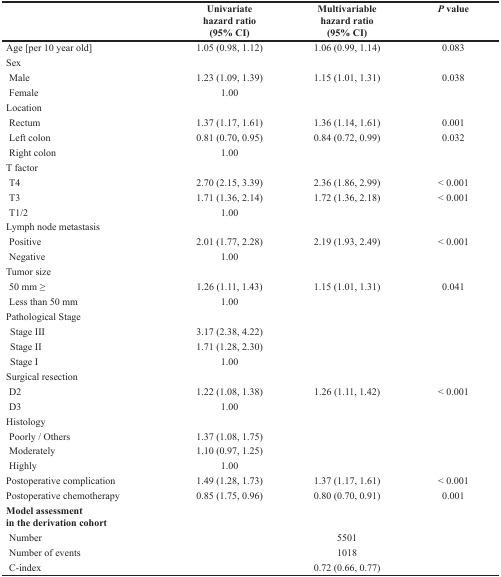
<table><thead><tr><td></td><td><b>Univariate hazard ratio (95% CI)</b></td><td><b>Multivariable hazard ratio (95% CI)</b></td><td><b><i>P</i> value</b></td></tr></thead><tbody><tr><td>Age [per 10 year old]</td><td>1.05 (0.98, 1.12)</td><td>1.06 (0.99, 1.14)</td><td>0.083</td></tr><tr><td>Sex</td><td></td><td></td><td></td></tr><tr><td> Male</td><td>1.23 (1.09, 1.39)</td><td>1.15 (1.01, 1.31)</td><td>0.038</td></tr><tr><td> Female</td><td>1.00</td><td></td><td></td></tr><tr><td>Location</td><td></td><td></td><td></td></tr><tr><td> Rectum</td><td>1.37 (1.17, 1.61)</td><td>1.36 (1.14, 1.61)</td><td>0.001</td></tr><tr><td> Left colon</td><td>0.81 (0.70, 0.95)</td><td>0.84 (0.72, 0.99)</td><td>0.032</td></tr><tr><td> Right colon</td><td>1.00</td><td></td><td></td></tr><tr><td>T factor</td><td></td><td></td><td></td></tr><tr><td> T4</td><td>2.70 (2.15, 3.39)</td><td>2.36 (1.86, 2.99)</td><td>&lt; 0.001</td></tr><tr><td> T3</td><td>1.71 (1.36, 2.14)</td><td>1.72 (1.36, 2.18)</td><td>&lt; 0.001</td></tr><tr><td> T1/2</td><td>1.00</td><td></td><td></td></tr><tr><td>Lymph node metastasis</td><td></td><td></td><td></td></tr><tr><td> Positive</td><td>2.01 (1.77, 2.28)</td><td>2.19 (1.93, 2.49)</td><td>&lt; 0.001</td></tr><tr><td> Negative</td><td>1.00</td><td></td><td></td></tr><tr><td>Tumor size</td><td></td><td></td><td></td></tr><tr><td> 50 mm ≥</td><td>1.26 (1.11, 1.43)</td><td>1.15 (1.01, 1.31)</td><td>0.041</td></tr><tr><td> Less than 50 mm</td><td>1.00</td><td></td><td></td></tr><tr><td>Pathological Stage</td><td></td><td></td><td></td></tr><tr><td> Stage III</td><td>3.17 (2.38, 4.22)</td><td></td><td></td></tr><tr><td> Stage II</td><td>1.71 (1.28, 2.30)</td><td></td><td></td></tr><tr><td> Stage I</td><td>1.00</td><td></td><td></td></tr><tr><td>Surgical resection</td><td></td><td></td><td></td></tr><tr><td> D2</td><td>1.22 (1.08, 1.38)</td><td>1.26 (1.11, 1.42)</td><td>&lt; 0.001</td></tr><tr><td> D3</td><td>1.00</td><td></td><td></td></tr><tr><td>Histology</td><td></td><td></td><td></td></tr><tr><td> Poorly / Others</td><td>1.37 (1.08, 1.75)</td><td></td><td></td></tr><tr><td> Moderately</td><td>1.10 (0.97, 1.25)</td><td></td><td></td></tr><tr><td> Highly</td><td>1.00</td><td></td><td></td></tr><tr><td>Postoperative complication</td><td>1.49 (1.28, 1.73)</td><td>1.37 (1.17, 1.61)</td><td>&lt; 0.001</td></tr><tr><td>Postoperative chemotherapy</td><td>0.85 (1.75, 0.96)</td><td>0.80 (0.70, 0.91)</td><td>0.001</td></tr><tr><td><b>Model assessment in the derivation cohort</b></td><td></td><td></td><td></td></tr><tr><td> Number</td><td></td><td>5501</td><td></td></tr><tr><td> Number of events</td><td></td><td>1018</td><td></td></tr><tr><td> C-index</td><td></td><td>0.72 (0.66, 0.77)</td><td></td></tr></tbody></table>